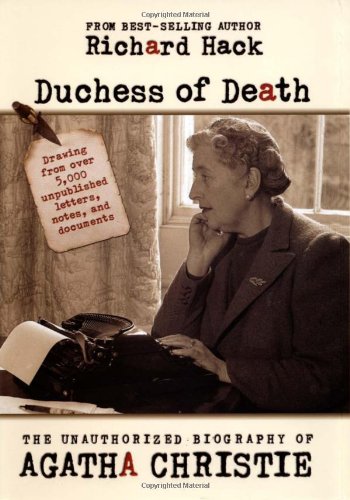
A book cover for Duchess of Death: The Unauthorized Biography of Agatha Christie; Richard Hack; Mystery, Thriller & Suspense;